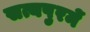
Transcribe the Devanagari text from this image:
सत्यपुरमें